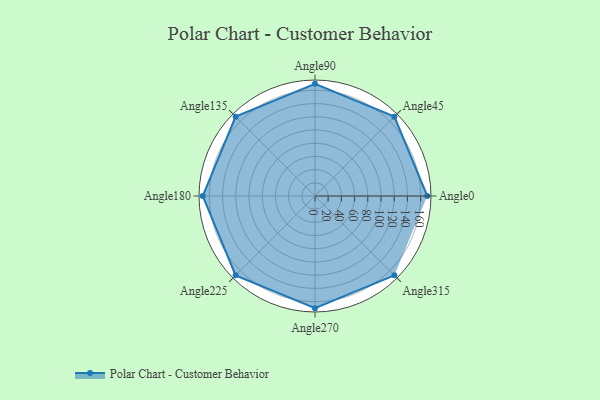
{"axis": {"x": "Angle", "y": "Radius"}, "legend": [""], "data": [{"x": "Angle0", "y": 170, "type": ""}, {"x": "Angle45", "y": 170, "type": ""}, {"x": "Angle90", "y": 170, "type": ""}, {"x": "Angle135", "y": 170, "type": ""}, {"x": "Angle180", "y": 170, "type": ""}, {"x": "Angle225", "y": 170, "type": ""}, {"x": "Angle270", "y": 170, "type": ""}, {"x": "Angle315", "y": 170, "type": ""}]}